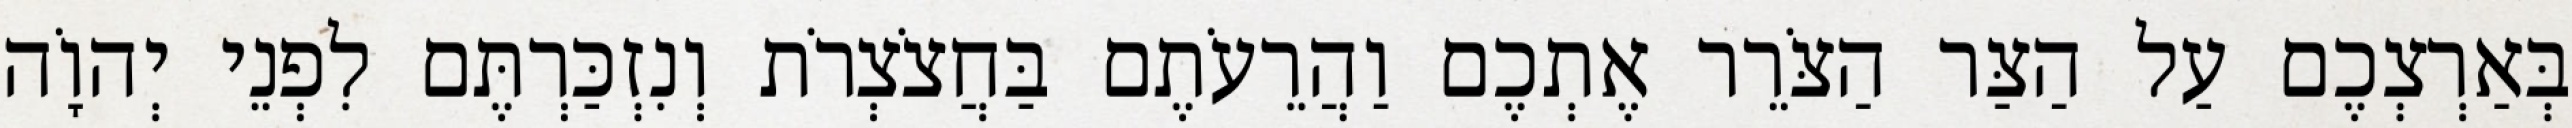
בְּאַרְצְכֶם עַל הַצַּר הַצֹּרֵר אֶתְכֶם וַהֲרֵעֹתֶם בַּחֲצֹצְרֹת וְנִזְכַּרְתֶּם לִפְנֵי יְהוָֹה